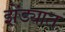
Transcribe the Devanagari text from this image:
झेंड्यात